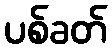
ပစ်ခတ်